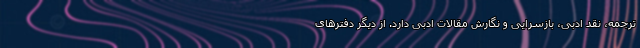
ترجمه، نقد ادبی، بازسرایی و نگارش مقالات ادبی دارد. از دیگر دفترهای